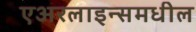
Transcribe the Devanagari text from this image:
एअरलाइन्समधील